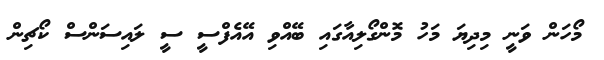
މޯހަން ވަނީ މިދިޔަ މަހު މޮންގޯލިއާގައި ބޭއްވި އޭއެފްސީ ސީ ލައިސަންސް ކޯޗިން